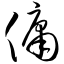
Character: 佣